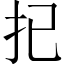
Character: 𢩽